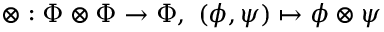
\otimes : \Phi \otimes \Phi \rightarrow \Phi , ~ ( \phi , \psi ) \mapsto \phi \otimes \psi